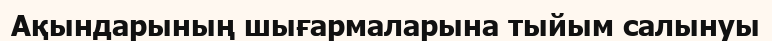
Ақындарының шығармаларына тыйым салынуы